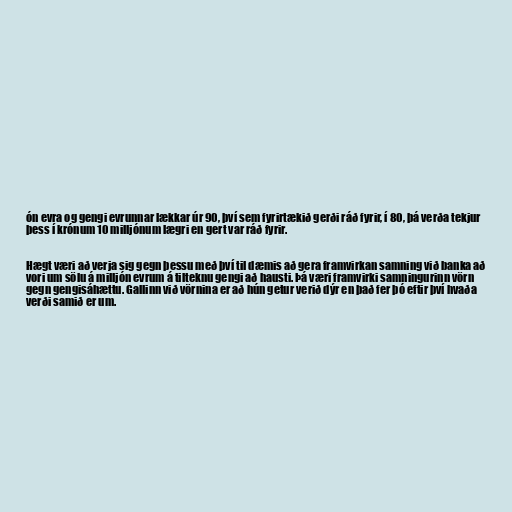
ón evra og gengi evrunnar lækkar úr 90, því sem fyrirtækið gerði ráð fyrir, í 80, þá verða tekjur
þess í krónum 10 milljónum lægri en gert var ráð fyrir.

Hægt væri að verja sig gegn þessu með því til dæmis að gera framvirkan samning við banka að
vori um sölu á milljón evrum á tilteknu gengi að hausti. Þá væri framvirki samningurinn vörn
gegn gengisáhættu. Gallinn við vörnina er að hún getur verið dýr en það fer þó eftir því hvaða
verði samið er um.